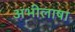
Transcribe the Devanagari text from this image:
अभीलाषा